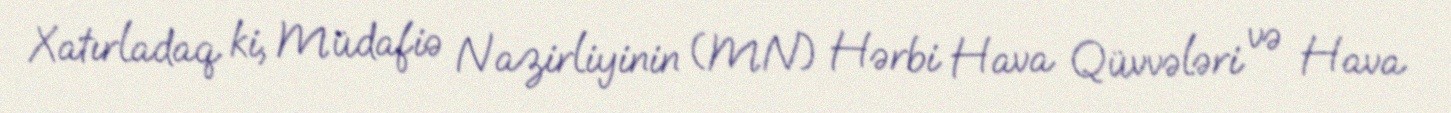
Xatırladaq ki, Müdafiə Nazirliyinin (MN) Hərbi Hava Qüvvələri və Hava